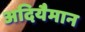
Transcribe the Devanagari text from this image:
अदियैमान